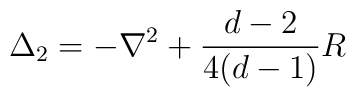
\Delta_{2} = - \nabla^2 + {d-2 \over 4(d-1)}R